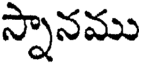
స్నానము